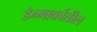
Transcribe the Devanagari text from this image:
डेन्मार्कातील